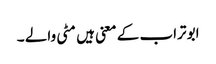
ابو تراب کے معنی ہیں مٹی والے ۔